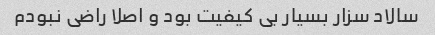
سالاد سزار بسیار بی کیفیت بود و اصلا راضی نبودم